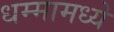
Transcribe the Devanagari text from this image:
धम्मामध्ये